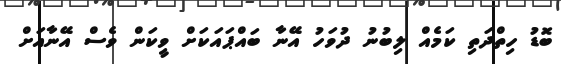
ބޮޑު ހިތްދަތި ކަމެއް ލިބުނު ދުވަހު އޭނާ ބައްޕައަކަށް ވީކަން ވެސް އޭނާއަށް